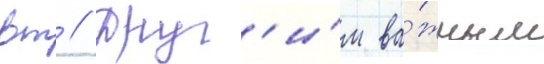
вт // Друг'и́м ва́жным